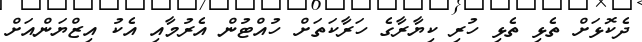
ދެކޮޅަށް ތެޅި ތެޅި ހުރި ކިޔާރާގެ ހަރާކަތަށް ހުއްޓުން އެރުމާއި އެކު އިޒްޔަންއަށް